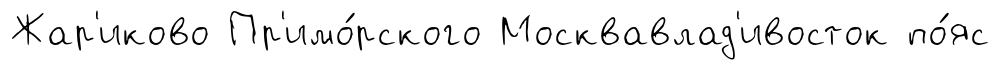
Жар'иково Пр'имо́рского Москвавлад'ивосток по́яс